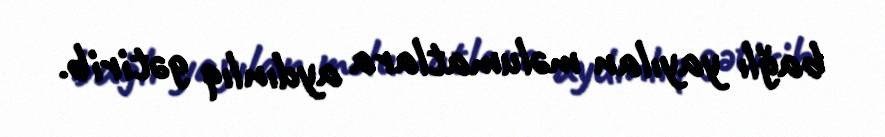
bağlı yayılan məlumatlara aydınlıq gətirib.